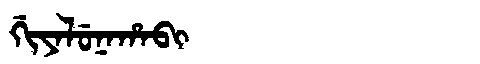
Manchu: ᡤᡳᠶᠠᠯᡠᠨᠠᡥᠠᠪᡳ
Romanization: GIYALUNAHABI